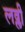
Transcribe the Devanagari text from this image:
लव्ली